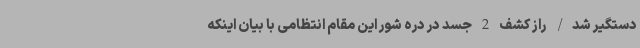
دستگیر شد/ راز کشف 2 جسد در دره شور این مقام انتظامی با بیان اینکه